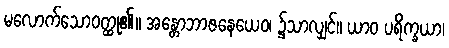
မလောက်သောဝတ္ထု၏။ အန္တောဘာဇနေယေဝ၊ ၌သာလျှင်။ ယာဝ ပရိက္ခယာ၊